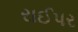
રાઈપર